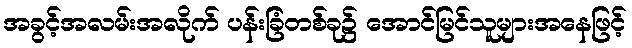
အခွင့်အလမ်းအလိုက် ပန်းခြံတစ်ခု၌ အောင်မြင်သူများအနေဖြင့်